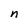
Character: n